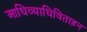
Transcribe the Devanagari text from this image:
आधिव्याधिविताड़न